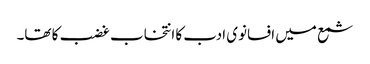
شمع میں افسانوی ادب کا انتخاب غضب کا تھا۔